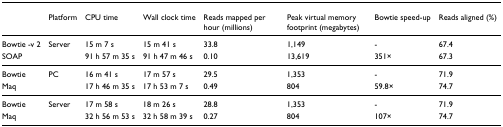
|  | Platform | CPU time | Wall clock time | Reads mapped per hour (millions) | Peak virtual memory footprint (megabytes) | Bowtie speed-up | Reads aligned (%) |
 | --- | --- | --- | --- | --- | --- | --- | --- |
 | Bowtie -v 2 | Server | 15 m 7 s | 15 m 41 s | 33.8 | 1,149 | - | 67.4 |
 | SOAP |  | 91 h 57 m 35 s | 91 h 47 m 46 s | 0.10 | 13,619 | 351× | 67.3 |
 | Bowtie | PC | 16 m 41 s | 17 m 57 s | 29.5 | 1,353 | - | 71.9 |
 | Maq |  | 17 h 46 m 35 s | 17 h 53 m 7 s | 0.49 | 804 | 59.8× | 74.7 |
 | Bowtie | Server | 17 m 58 s | 18 m 26 s | 28.8 | 1,353 | - | 71.9 |
 | Maq |  | 32 h 56 m 53 s | 32 h 58 m 39 s | 0.27 | 804 | 107× | 74.7 |